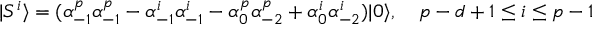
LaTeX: | S ^ { i } \rangle = ( \alpha _ { - 1 } ^ { p } \alpha _ { - 1 } ^ { p } - \alpha _ { - 1 } ^ { i } \alpha _ { - 1 } ^ { i } - \alpha _ { 0 } ^ { p } \alpha _ { - 2 } ^ { p } + \alpha _ { 0 } ^ { i } \alpha _ { - 2 } ^ { i } ) | 0 \rangle , \quad p - d + 1 \le i \le p - 1